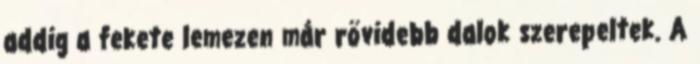
addig a fekete lemezen már rövidebb dalok szerepeltek. A